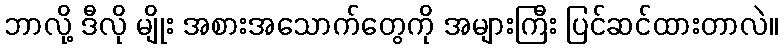
ဘာလို့ ဒီလို မျိုး အစားအသောက်တွေကို အများကြီး ပြင်ဆင်ထားတာလဲ။